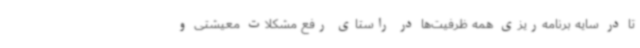
تا در سایه برنامه‌ریزی همه ظرفیت‌ها در راستای رفع مشکلات معیشتی و